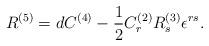
LaTeX: \begin{align*}R^{(5)} = d C^{(4)} - \frac{1}{2} C_{r}^{(2)} R_{s}^{(3)} \epsilon^{r s} .\end{align*}